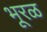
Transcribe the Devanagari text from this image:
भूरळ